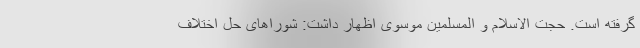
گرفته است. حجت الاسلام و المسلمین موسوی اظهار داشت: شورا‌های حل اختلاف